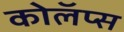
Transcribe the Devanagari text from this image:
कोलॅप्स